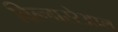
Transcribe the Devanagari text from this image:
विल्लाररेआल